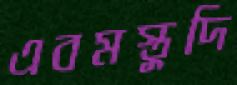
এবমস্তুদি